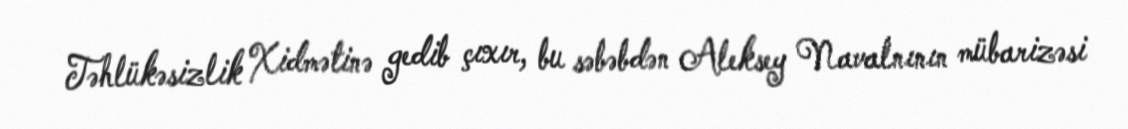
Təhlükəsizlik Xidmətinə gedib çıxır, bu səbəbdən Aleksey Navalnının mübarizəsi